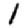
Digit: 1